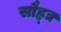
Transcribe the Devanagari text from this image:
सौह्र्द्य